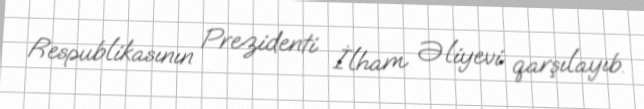
Respublikasının Prezidenti İlham Əliyevi qarşılayıb.